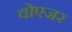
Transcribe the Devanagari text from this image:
वोएजर